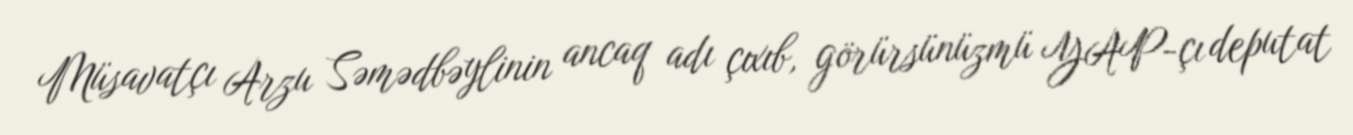
Müsavatçı Arzu Səmədbəylinin ancaq adı çıxıb, görürsünüzmü YAP-çı deputat